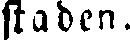
staden.